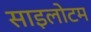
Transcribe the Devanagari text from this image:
साइलोटम